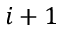
i + 1